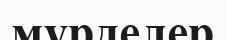
мүрделер